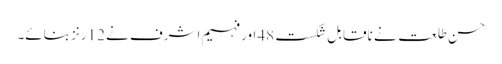
حسن طلعت نے ناقابل شکست 48اور فہیم اشرف نے 12رنز بنائے۔